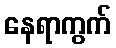
နေရာကွက်